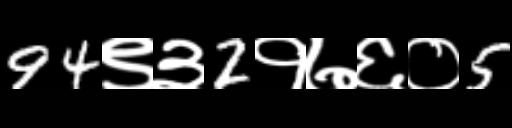
Text: 94९३2१७६०5